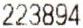
223894